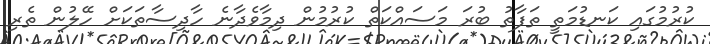
ކުރުމުގައި ކަނޑުމަތީ ތަފާތު ބުރަ މަސައްކަތް ކުރުމުން ދިމާވެދާނެ ހާދިސާތަކަށް ހޭލުން ތެރި